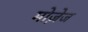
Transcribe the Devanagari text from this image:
मोज़ेज